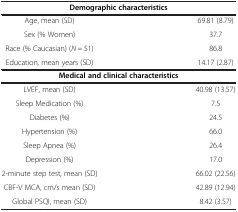
<table><thead><tr><td colspan="2"><b>Demographic characteristics</b></td></tr></thead><tbody><tr><td>Age, mean (SD)</td><td>69.81 (8.79)</td></tr><tr><td>Sex (% Women)</td><td>37.7</td></tr><tr><td>Race (% Caucasian) (<i>N</i> = 51)</td><td>86.8</td></tr><tr><td>Education, mean years (SD)</td><td>14.17 (2.87)</td></tr><tr><td colspan="2"><b>Medical and clinical characteristics</b></td></tr><tr><td>LVEF, mean (SD)</td><td>40.98 (13.57)</td></tr><tr><td>Sleep Medication (%)</td><td>7.5</td></tr><tr><td>Diabetes (%)</td><td>24.5</td></tr><tr><td>Hypertension (%)</td><td>66.0</td></tr><tr><td>Sleep Apnea (%)</td><td>26.4</td></tr><tr><td>Depression (%)</td><td>17.0</td></tr><tr><td>2-minute step test, mean (SD)</td><td>66.02 (22.56)</td></tr><tr><td>CBF-V MCA, cm/s mean (SD)</td><td>42.89 (12.94)</td></tr><tr><td>Global PSQI, mean (SD)</td><td>8.42 (3.57)</td></tr></tbody></table>